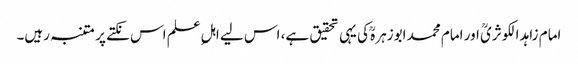
امام زاہد الکوثریؒ اور امام محمد ابوزہرہؒ کی یہی تحقیق ہے، اس لیے اہلِ علم اس نکتے پر متنبہ رہیں۔